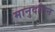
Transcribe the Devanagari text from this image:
मानुदत्तिन